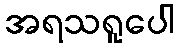
အရသရူပေါ